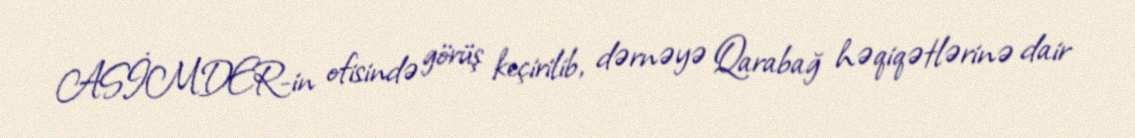
ASİMDER-in ofisində görüş keçirilib, dərnəyə Qarabağ həqiqətlərinə dair